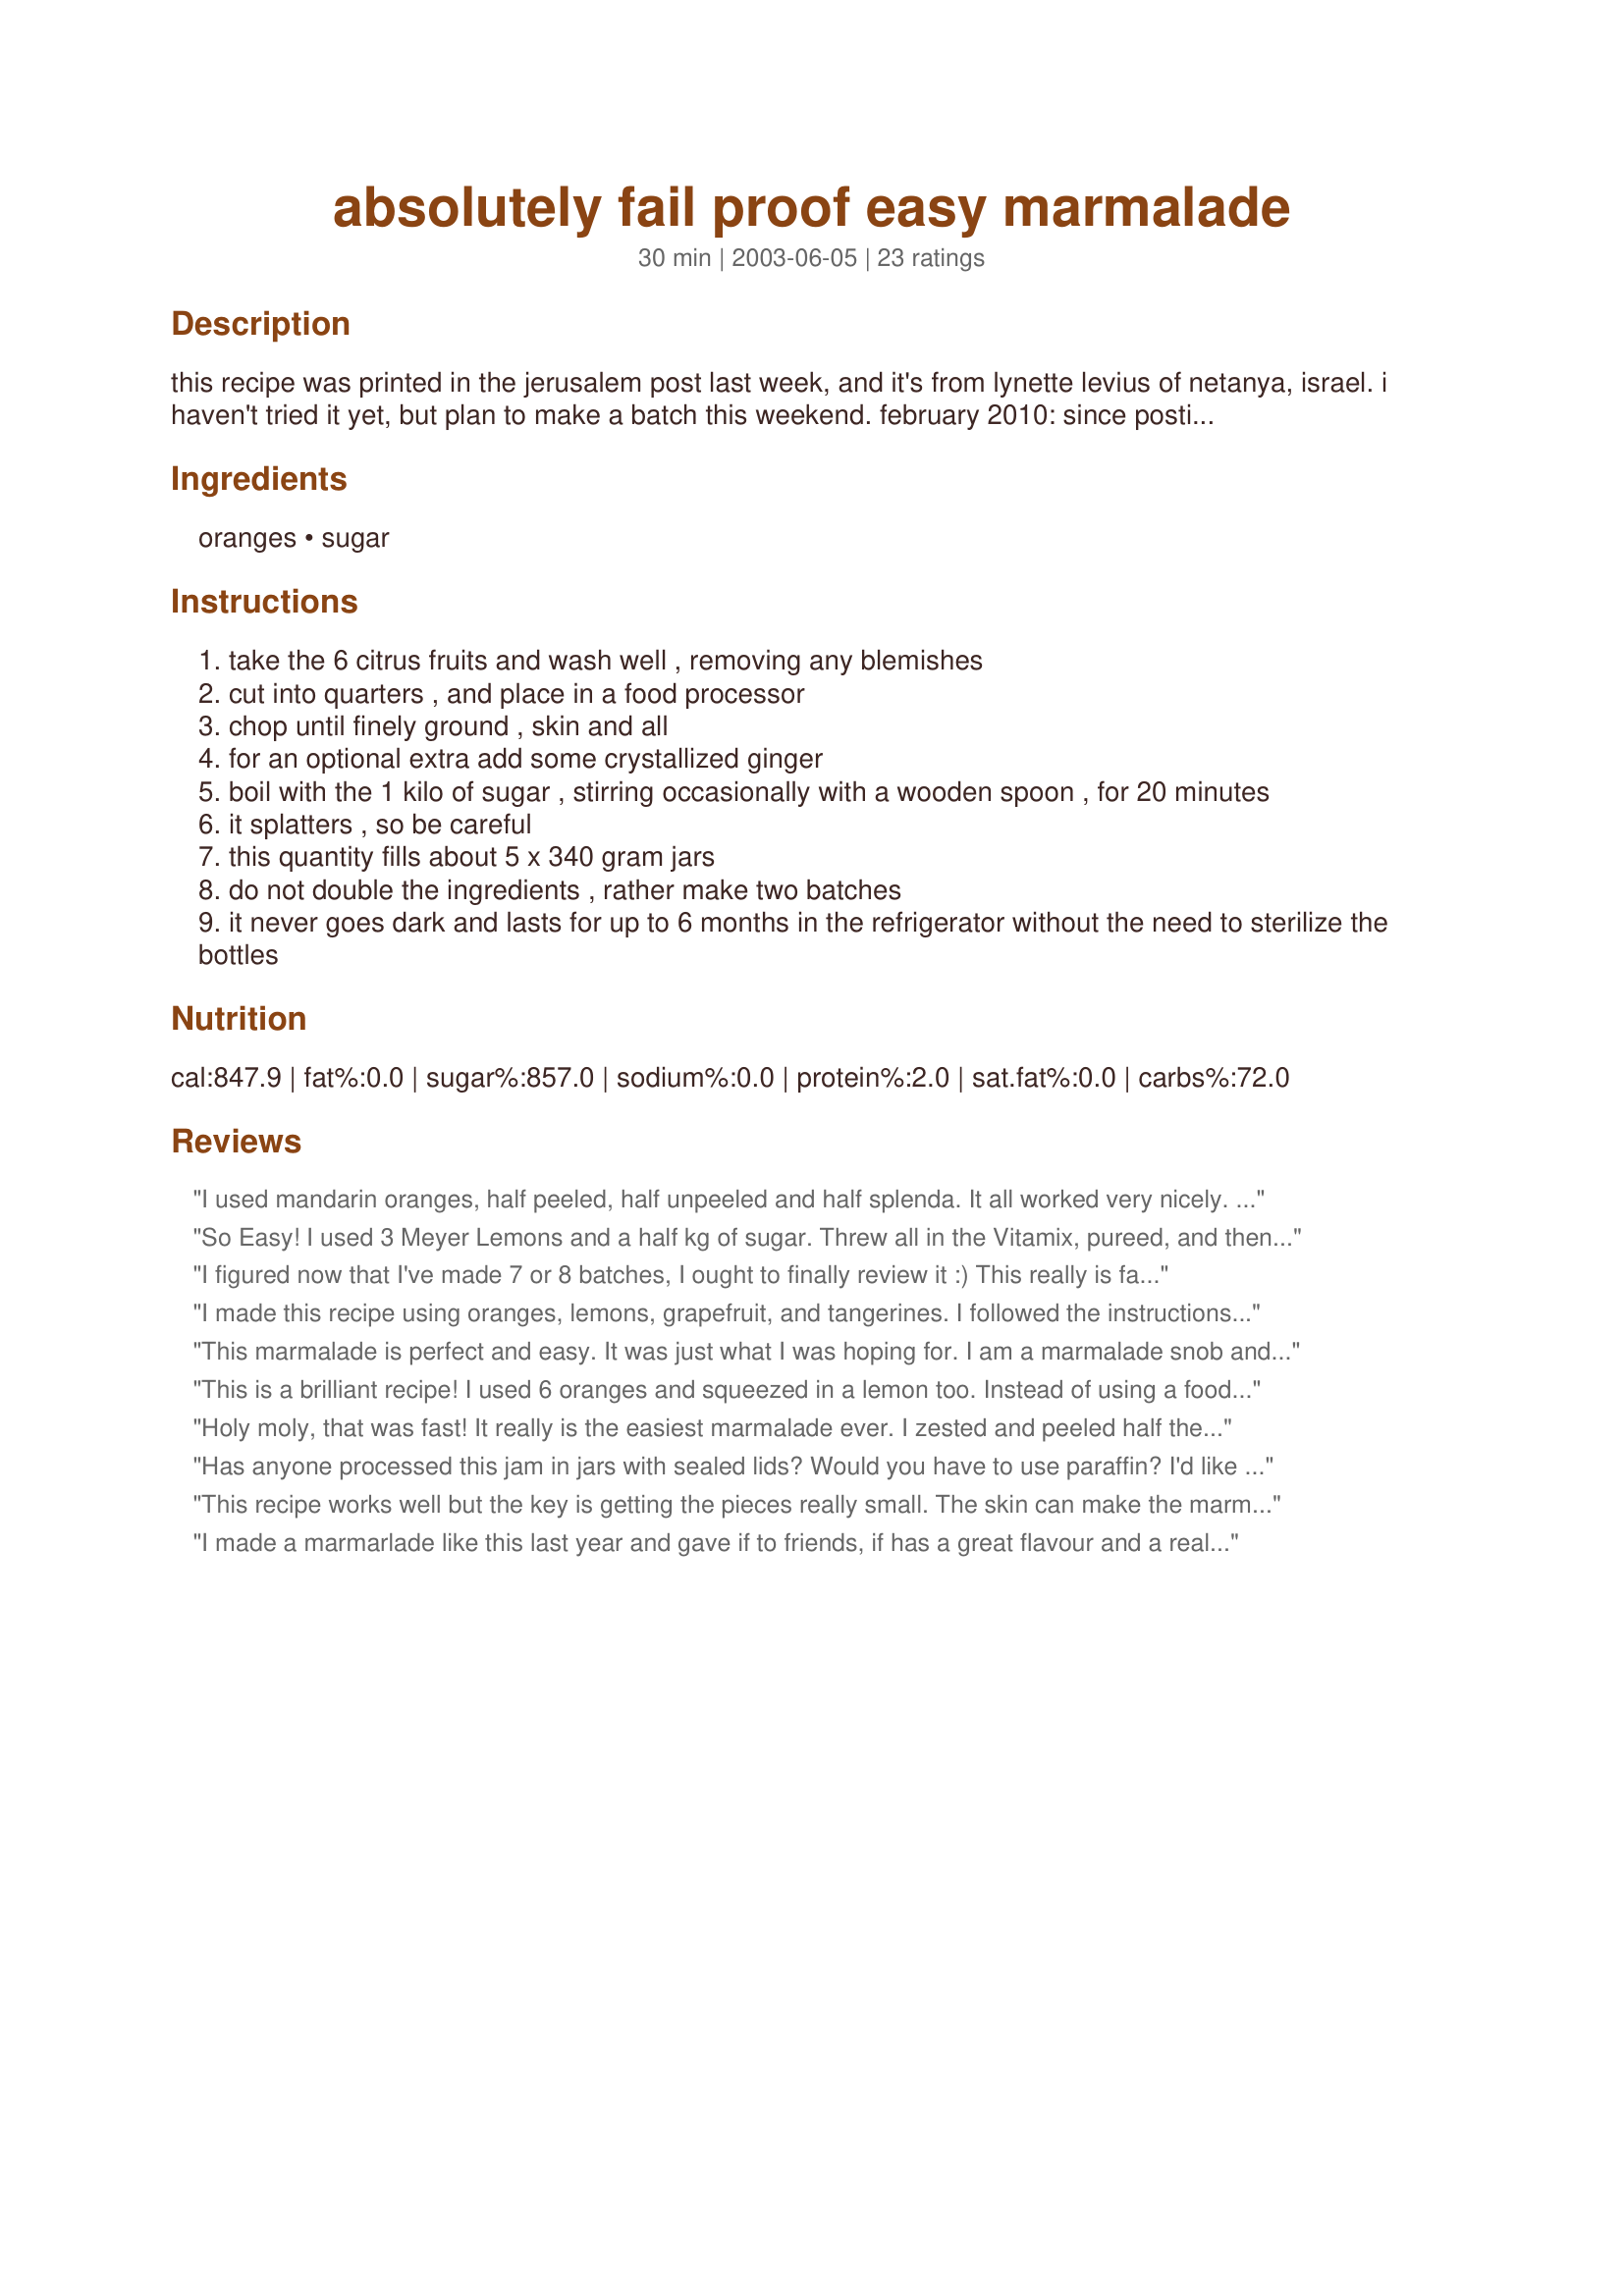
absolutely fail proof easy marmalade
Preparation time: 30 minutes

this recipe was printed in the jerusalem post last week, and it's from lynette levius of netanya, israel. i haven't tried it yet, but plan to make a batch this weekend. february 2010: since posting this recipe i've made it several times each winter (winter is citrus seaon here). it's a wonderful recipe, totally fail-proof as the title says. it's great on toast and makes a wonderful gift. i especially love a 50/50 orange/clementine mix, a rich citrus flavor with an intense orange color.

Ingredients:
oranges, sugar

Steps:
take the 6 citrus fruits and wash well , removing any blemishes
cut into quarters , and place in a food processor
chop until finely ground , skin and all
for an optional extra add some crystallized ginger
boil with the 1 kilo of sugar , stirring occasionally with a wooden spoon , for 20 minutes
it splatters , so be careful
this quantity fills about 5 x 340 gram jars
do not double the ingredients , rather make two batches
it never goes dark and lasts for up to 6 months in the refrigerator without the need to sterilize the bottles

Reviews:
I used mandarin oranges, half peeled, half unpeeled and half splenda. It all worked very nicely. I love that you don't have to can it. Now I'll be using this to make
Recipe #305024, which is my fave breakfast these days.Thank you for posting this great recipe!
So Easy! I used 3 Meyer Lemons and a half kg of sugar. Threw all in the Vitamix, pureed, and then boiled as instructed. Fabulous!
I figured now that I've made 7 or 8 batches, I ought to finally review it :) This really is fail-proof, and whoa is it easy! I enjoy more whole pieces of rind in my marmalade, so I zest some of the citrus (usually 1-2 fruits worth) straight into the pot and then process the rest of the fruit through the processor. A friend had given me a ton of grapefruit so that's what I used the first time, with 2 blood oranges mixed in. WOW! Delicious taste, perfect consistency, and a beautiful color. Thank you!
I made this recipe using oranges, lemons, grapefruit, and tangerines. I followed the instructions exactly and the marmalade was done in 30 minutes. I cooked the recipe over medium heat to begin with and then had to reduce it to medium low and it kept boiling well. I had to fish out seeds, so I would recommend taking them out before processing the fruit. The taste was quite bitter or tart. Not the flavor I was hoping for.
This marmalade is perfect and easy. It was just what I was hoping for. I am a marmalade snob and have a hard time finding ones I like and when I do they are outrageously priced. I am very, very happy right now.
This is a brilliant recipe! I used 6 oranges and squeezed in a lemon too. Instead of using a food processor, I thinly sliced the oranges and then cut them in quarters, a bit tedious doing by hand but worth it! The Marmalade had the right amount of sweetness/bitterness to it. We loved it! Thank you so much, Mirj, for sharing this wonderful recipe, this one is definitely a keeper!
Holy moly, that was fast! It really is the easiest marmalade ever. I zested and peeled half the oranges before putting them in the blender and left the other half whole. Absolutely perfect flavor, with just the right amount of bitterness to offset the sweet. I also used half Splenda to make it a bit lower in calories, and it still came out excellent. Thanks a bunch, Mirj!
Has anyone processed this jam in jars with sealed lids? Would you have to use paraffin? I'd like to make it for Christmas gifts which is nearly a year away.
This recipe works well but the key is getting the pieces really small. The skin can make the marmalad a bit tart but it also gives more depth of flavour. I made this using grapefruit, mandarin and lime and the marmalade has already been attacked despire only making it this morning.
It also works well on the jam setting of a bread machine although the amount is a bit less.
I made a marmarlade like this last year and gave if to friends, if has a great flavour and a really firm consistancy - everyone loved it.
I made this recipe and cooked in the microwave for 25 minutes and it turned out perfectly I used home grown lemons and mandarins (from next door neighbour) next time I am adding Grapefruit as well. They grow the fruit and I jam them (good deal). What I did with the pips of the fruit I squeezed them over a sieve into the bowl and then just quartered the fruit. So no pips in jam. Happy jamming
I made a half batch with 3 good size grapefruit and I used half Splenda/half sugar. Like the other reviewers who found it too bitter, mine tasted like I was chewing on rind. I would peel some of the grapefruit.
Just made this using 4 grapefruit 1 lemon and 1 orange then with 4 oranges 1 grapefruit and 1 lemon I removed all pips before I placed the fruit in the food processor both batches turned out fantastic I cooked longer than the recipe said as we prefer the rind to be soft. I will always this recipe now as so easy and absolutely delicious ?? 10 out of 10
Excellent recipe. I'm always busy so this recipe suits me perfectly. The marmalade tastes delicious and the six jars I made are already eaten/given away. I did have to use a blender as my food processor has broken but it worked perfectly.
The rind was too chewy for my liking but taste wise very good as its not too sweet, can you make it without the peel?
Amazing..I used to spend hours making marmalade. Thanks
So easy, so yummy. My husband (who is a bit of a marmalade snob) was sniffing about while i was making it and was the first to try it. He was most impressed. I used 2 of each fruit. Really nice. Thank you for sharing. :)
Wonderful! I loved it. I think I would use a little less of the orange peel next time--instead of 6 oranges with peel, I would use 6 oranges and peel 3 of them. Just my taste. Nice consistancy. Thanks!
Hi, I have now made two batches, one where I added the some water and the 2nd batch I didn't add any. The 2nd batch was really really thick. My dear husband says that although it was really thick and difficult to spread on his toast, it was very tasty. I also added some whiskey in the first batch.<br/>I must agree with everyone that this is the easiest marmalade I have ever made and will certainly be doing it again.
Love it!!! I like the bite of the rind, and large pieces of it, so I did cook longer than 20 minutes. I checked it every 5 minutes after that until the rinds were translucent and the gel would be thick enough.
This is really yummy! I halved the recipe, used oranges and made it today afternoon. It still makes a real good quantity. I'm going to give away some on the upcoming festival of Ganesh Chathurthi. The tough part of this is the chopping up of really small pieces of the whole oranges. Since I don't have a food processor, I had to do it with a blender. That took me a whole hour! LOL. I was so eager to taste this even before putting it to boil, that I couldn't help myself and did taste a bit. It was DELICIOUS and a real mood lifter! Thank "YOU" so much for a wonderful marmalade recipe!
Fantastic recipe! My marmalade usually takes ages to set and gets quite dark. This one took the 20 mins stated and is a perfect colour. Thank you so much - will be making it again.
Having struggled with different marmalade recipes for years I searched on the internet for a fool proof recipe. This one came out on top and I have just made 2 different batches. One orange and lemon and the other grapefruit and orange in less than an hour. It's delicious and the best recipe around. Thank you.
